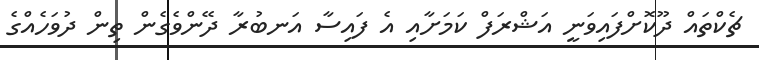
ޗެކްތައް ދޫކޮށްފައިވަނީ އަޝްރަފް ކަމަށާއި އެ ފައިސާ އަނބުރާ ދޭންވެގެން ތިން ދުވަހެއްގެ